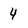
Character: 4